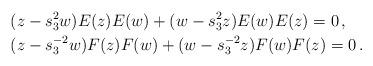
LaTeX: \begin{align*}&(z-s_3^2w)E(z)E(w)+(w-s_3^2z)E(w)E(z)=0\,,\\&(z-s_3^{-2}w)F(z)F(w)+(w-s_3^{-2}z)F(w)F(z)=0\,.\end{align*}